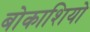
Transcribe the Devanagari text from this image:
बोकाशियो